system: You are a helpful assistant.
user:
Analyze the provided spectrum to determine if it is a **M-type Giant (gM)**.

A M-type Giant spectrum is defined by its **strong molecular absorption** features, particularly from **Titanium Oxide (TiO)**. You must check for one of the following mutually exclusive signatures:

- **Key Visual Indicators (Absorption-Dominated Spectrum):**

    - **(Primary):** The spectrum is dominated by strong molecular absorption from **Titanium Oxide (TiO)**. This is the **defining feature** of its M-type temperature class.
        - **(Key Bandheads):** Look for sharp, "saw-tooth" absorption valleys. The strongest are located near **~7050 Å**, **~6160 Å**, and **~5170 Å**.
        - **(Line Profile):** The "saw-tooth" morphology is critical: a **sharp, steep drop on the BLUE (short-wavelength) side** of the bandhead, followed by a gradual recovery (rising flux) towards the RED (long-wavelength) side.

    - **(Key Confirmation - Giant vs. Dwarf):** **ABSENCE** of strong **Calcium Hydride (CaH)** molecular bands. This is the primary diagnostic for *excluding* M-dwarfs.
        - **(Key Region):** The spectrum should lack the strong, broad absorption band seen in dwarfs between **~6800 Å and ~7000 Å**.

    - **(Secondary Confirmation - Giant):** A very strong and broad **Neutral Calcium (Ca I)** atomic absorption line.
        - **(Key Line):** Located at **~4226 Å**. In a giant (gM), this line is significantly deeper and broader than the same line in an M-dwarf (dM) due to low surface gravity.

    - **(Overall Spectrum):**
        - The continuum is **extremely red-sloping** (i.e., flux is very low in the blue and rises dramatically towards the red).
        - The entire spectrum appears "chopped up" by the deep TiO bands.

Think first, call **spectral_visualization_tool** if needed to examine features in detail, then provide your final answer. Your response must adhere to the following strict rules:
1.  **Overall Structure:** Your response must follow the format `<think>...</think> <tool_call>...</tool_call> (if a tool is used) <answer>...</answer>`.
2.  **Tool Usage Constraint:** You may only make **one** tool call per turn.
3.  **Final Answer Format:** In the `<answer>` tag, your conclusion must be inside a `\boxed{}` command (e.g., `\boxed{YES}` or `\boxed{NO}`), followed by your justification.

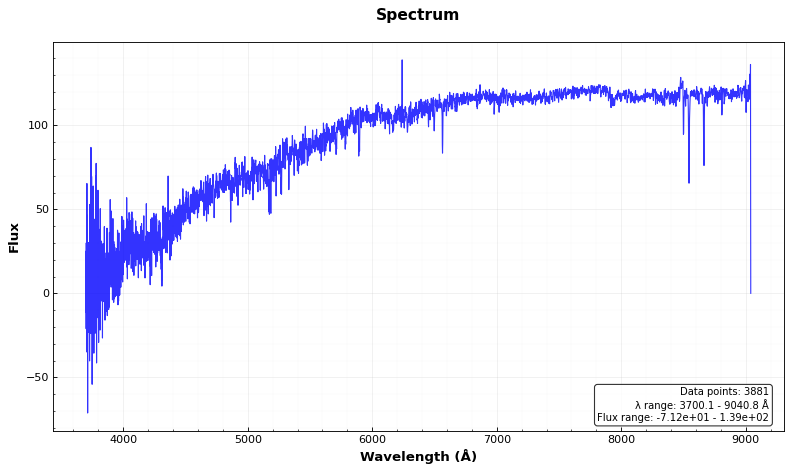
Answer: NO